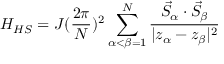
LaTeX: H _ { H S } = J ( \frac { 2 \pi } { N } ) ^ { 2 } \sum _ { \alpha < \beta = 1 } ^ { N } \frac { \vec { S } _ { \alpha } \cdot \vec { S } _ { \beta } } { | z _ { \alpha } - z _ { \beta } | ^ { 2 } }